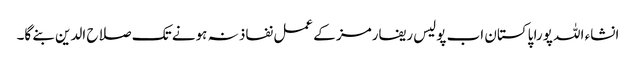
انشاء اللہ پورا پاکستان اب پولیس ریفارمز کے عمل نفاذ نہ ہونے تک صلاح الدین بنے گا۔